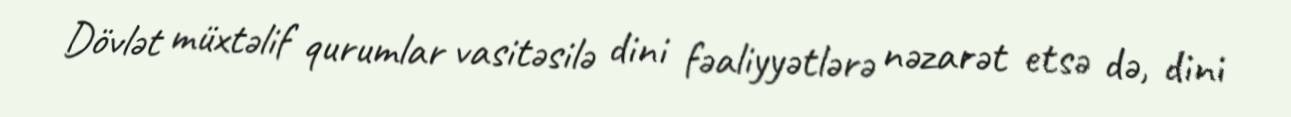
Dövlət müxtəlif qurumlar vasitəsilə dini fəaliyyətlərə nəzarət etsə də, dini